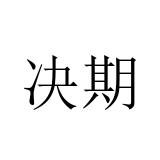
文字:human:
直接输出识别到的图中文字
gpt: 决期